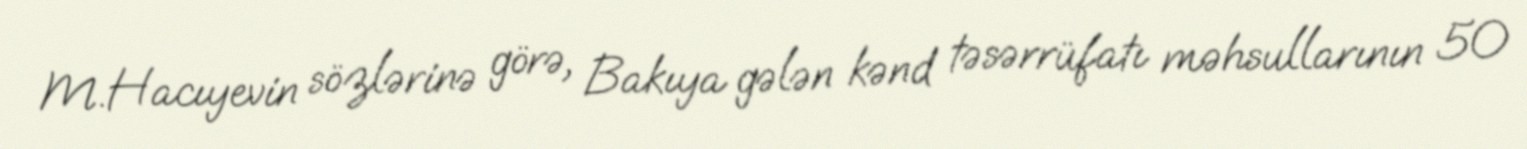
M.Hacıyevin sözlərinə görə, Bakıya gələn kənd təsərrüfatı məhsullarının 50